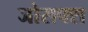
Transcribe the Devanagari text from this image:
जोसफ्स